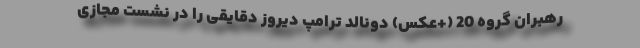
رهبران گروه 20 (+عکس) دونالد ترامپ دیروز دقایقی را در نشست مجازی